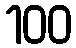
100